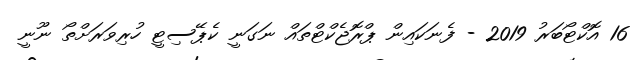
16 އޮކްޓޯބަރު 2019 - ފެނަކައިން ޕްރޮޖެކްޓްތައް ނަގަނީ ކެޕޭސިޓީ ހުރިވަރަށްތޯ ނޫނީ